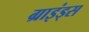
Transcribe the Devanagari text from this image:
ग्राइंड्स